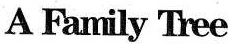
A Family Tree